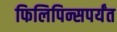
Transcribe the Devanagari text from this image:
फिलिपिन्सपर्यंत